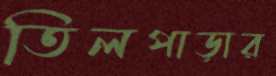
তিলপাড়ার